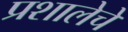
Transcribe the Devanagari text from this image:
प्रशालेचे